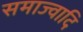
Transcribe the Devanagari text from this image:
समाज्वादि